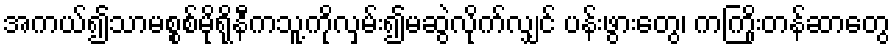
အကယ်၍သာမစ္စစ်မိုရိုနီကသူ့ကိုလှမ်း၍မဆွဲလိုက်လျှင် ပန်းဖွားတွေ၊ ကကြိုးတန်ဆာတွေ